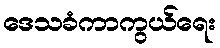
ဒေသခံကာကွယ်ရေး